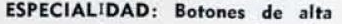
ESPECIALIDAD: Botones de alta